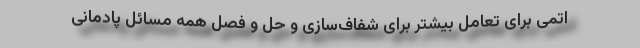
اتمی برای تعامل بیشتر برای شفاف‌سازی و حل و فصل همه مسائل پادمانی